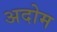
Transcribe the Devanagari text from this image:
अदोम